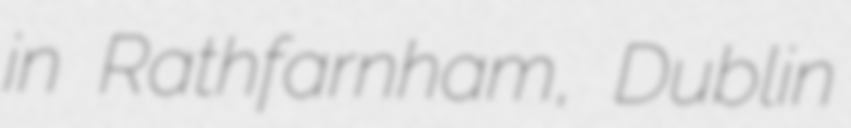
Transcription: in Rathfarnham, Dublin